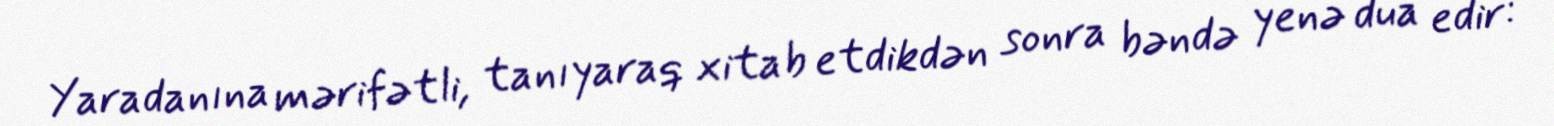
Yaradanına mərifətli, tanıyaraq xitab etdikdən sonra bəndə yenə dua edir: